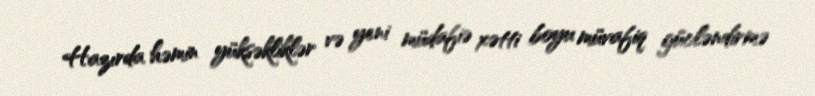
Hazırda həmin yüksəkliklər və yeni müdafiə xətti boyu müvafiq gücləndirmə